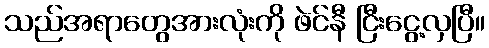
သည်အရာတွေအားလုံးကို ဖဲင်နီ ငြီးငွေ့လှပြီ။